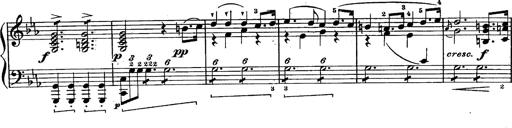
Title: Schubert's Impromptus [revised and edited by Franz Liszt]
Composer: Franz Liszt